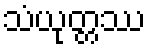
သံယုတ္တဿ